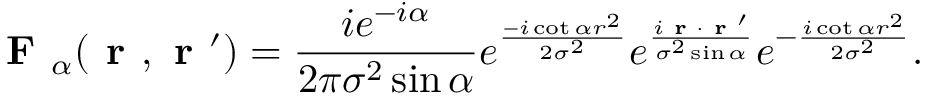
\textbf { F } _ { \alpha } ( \textbf { r } , \textbf { r } ^ { \prime } ) = \frac { i e ^ { - i \alpha } } { 2 \pi \sigma ^ { 2 } \sin \alpha } e ^ { \frac { - i \cot \alpha r ^ { 2 } } { 2 \sigma ^ { 2 } } } e ^ { \frac { i \textbf { r } \cdot \textbf { r } ^ { \prime } } { \sigma ^ { 2 } \sin \alpha } } e ^ { - \frac { i \cot \alpha r ^ { 2 } } { 2 \sigma ^ { 2 } } } .